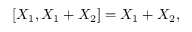
[ X _ { 1 } , X _ { 1 } + X _ { 2 } ] = X _ { 1 } + X _ { 2 } ,